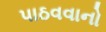
પાઠવવાનો